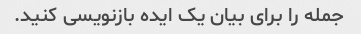
جمله را برای بیان یک ایده بازنویسی کنید.